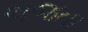
ભજતા